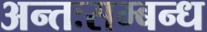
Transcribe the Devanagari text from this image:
अन्तःसम्बन्ध